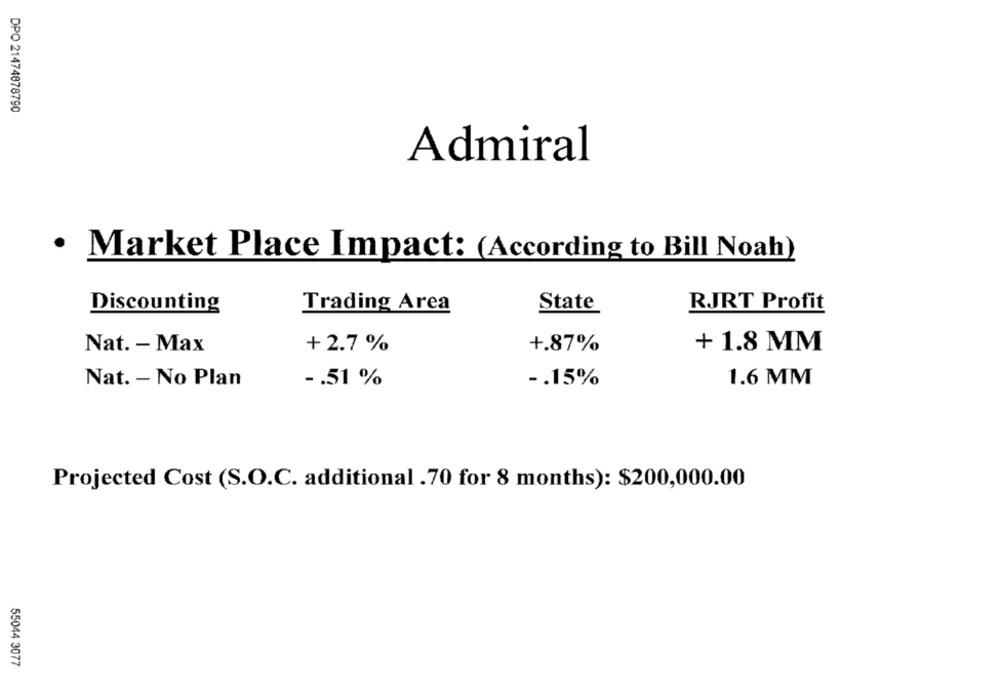
DPO 21474878790
Admiral
· Market Place Impact: (According to Bill Noah)
Discounting
Trading Area
State
RJRT Profit
+ 1.8 MM
Nat. - Max
+ 2.7 %
+.87%
1.6 MM
Nat. - No Plan
-. 51 %
-. 15%
Projected Cost (S.O.C. additional .70 for 8 months): $200,000.00
55044 3077